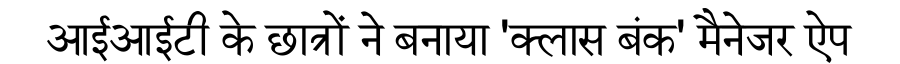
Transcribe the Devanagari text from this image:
आईआईटी के छात्रों ने बनाया 'क्लास बंक' मैनेजर ऐप